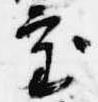
審